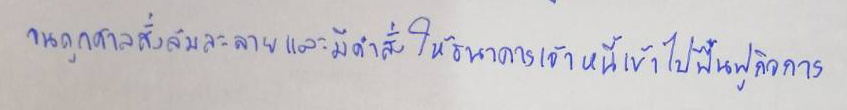
จนถูกศาลสั่งล้มละลายและมีคำสั่งให้ธนาคารเจ้าหนี้เข้าไปฟื้นฟูกิจการ